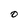
Character: O